Scientific memoirs by medical officers of the Army of India - Part X,
Year: 1897
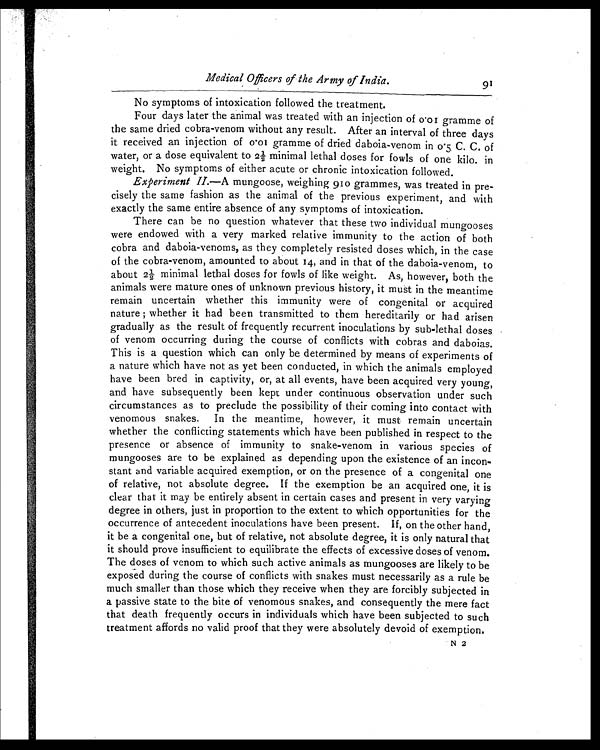
Medical Officers of the Army of India.
91
No symptoms of intoxication followed the treatment.
Four days later the animal was treated with an injection of 0.01 gramme of
the same dried cobra-venom without any result. After an interval of three days
it received an injection of 0.01 gramme of dried daboia-venom in 0.5 C. C. of
water, or a dose equivalent to 2½ minimal lethal doses for fowls of one kilo. in
weight. No symptoms of either acute or chronic intoxication followed.
Experiment II.—A mungoose, weighing 910 grammes, was treated in pre
-
cisely the same fashion as the animal of the previous experiment, and with
exactly the same entire absence of any symptoms of intoxication.
There can be no question whatever that these two individual mungooses
were endowed with a very marked relative immunity to the action of both
cobra and daboia-venoms, as they completely resisted doses which, in the case
of the cobra-venom, amounted to about 14, and in that of the daboia-venom, to
about 2½ minimal lethal doses for fowls of like weight. As, however, both the
animals were mature ones of unknown previous history, it must in the meantime
remain uncertain whether this immunity were of congenital or acquired
nature; whether it had been transmitted to them hereditarily or had arisen
gradually as the result of frequently recurrent inoculations by sub-lethal doses
of venom occurring during the course of conflicts with cobras and daboias.
This is a question which can only be determined by means of experiments of
a nature which have not as yet been conducted, in which the animals employed
have been bred in captivity, or, at all events, have been acquired very young,
and have subsequently been kept under continuous observation under such
circumstances as to preclude the possibility of their coming into contact with
venomous snakes. In the meantime, however, it must remain uncertain
whether the conflicting statements which have been published in respect to the
presence or absence of immunity to snake-venom in various species of
mungooses are to be explained as depending upon the existence of an incon
-
stant and variable acquired exemption, or on the presence of a congenital one
of relative, not absolute degree. If the exemption be an acquired one, it is
clear that it may be entirely absent in certain cases and present in very varying
degree in others, just in proportion to the extent to which opportunities for the
occurrence of antecedent inoculations have been present. If, on the other hand,
it be a congenital one, but of relative, not absolute degree, it is only natural that
it should prove insufficient to equilibrate the effects of excessive doses of venom.
The doses of venom to which such active animals as mungooses are likely to be
exposed during the course of conflicts with snakes must necessarily as a rule be
much smaller than those which they receive when they are forcibly subjected in
a passive state to the bite of venomous snakes, and consequently the mere fact
that death frequently occurs in individuals which have been subjected to such
treatment affords no valid proof that they were absolutely devoid of exemption.
N 2